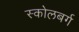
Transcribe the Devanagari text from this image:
स्कोलबर्ग